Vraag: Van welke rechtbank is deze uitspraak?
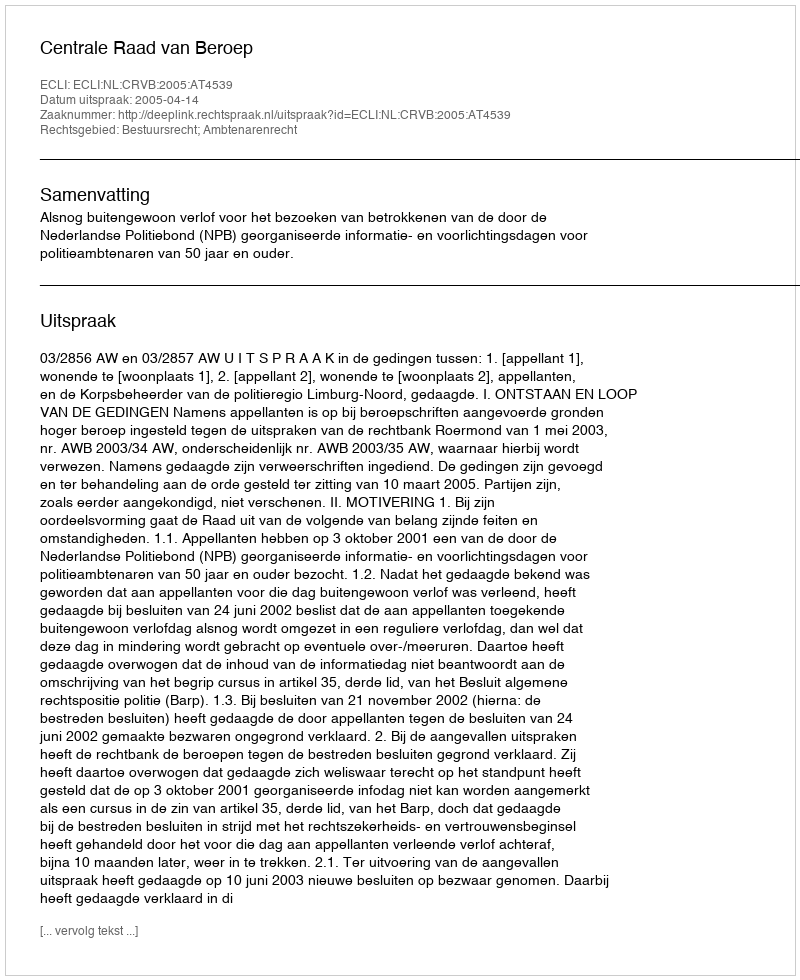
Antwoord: Centrale Raad van Beroep